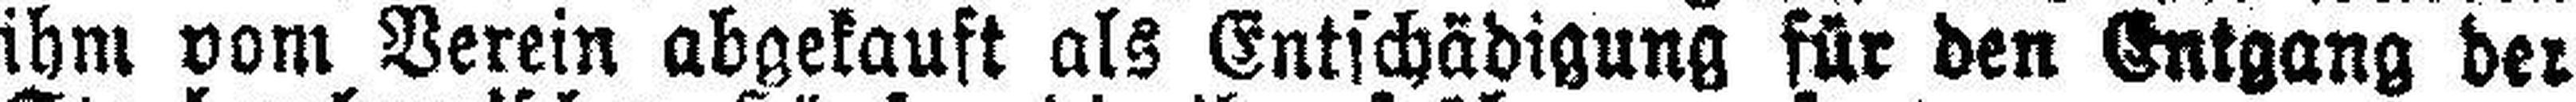
ihm vom Verein abgekauft als Entschädigung für den Entgang der